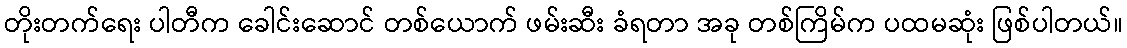
တိုးတက်ရေး ပါတီက ခေါင်းဆောင် တစ်ယောက် ဖမ်းဆီး ခံရတာ အခု တစ်ကြိမ်က ပထမဆုံး ဖြစ်ပါတယ်။